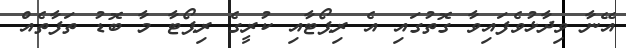
އޭނާ ވިދާޅުވެފައިވާ ގޮތުގައި އެ ރިޕޯޓާއި ކުރީގެ ރިޕޯޓާ މާ ބޮޑު ތަފާތެއް